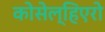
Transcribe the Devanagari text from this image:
कोसेल्हिएरो